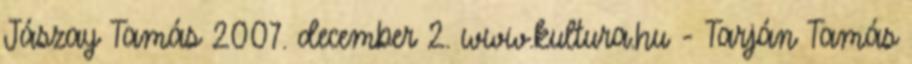
Jászay Tamás 2007. december 2. www.kultura.hu - Tarján Tamás